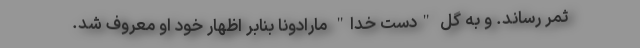
ثمر رساند. و به گل "دست خدا" مارادونا بنابر اظهار خود او معروف شد.